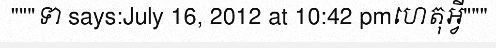
"""ទា says:July 16, 2012 at 10:42 pmហេតុអ្វី"""